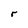
Character: r